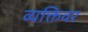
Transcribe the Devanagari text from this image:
व्यक्तिवर